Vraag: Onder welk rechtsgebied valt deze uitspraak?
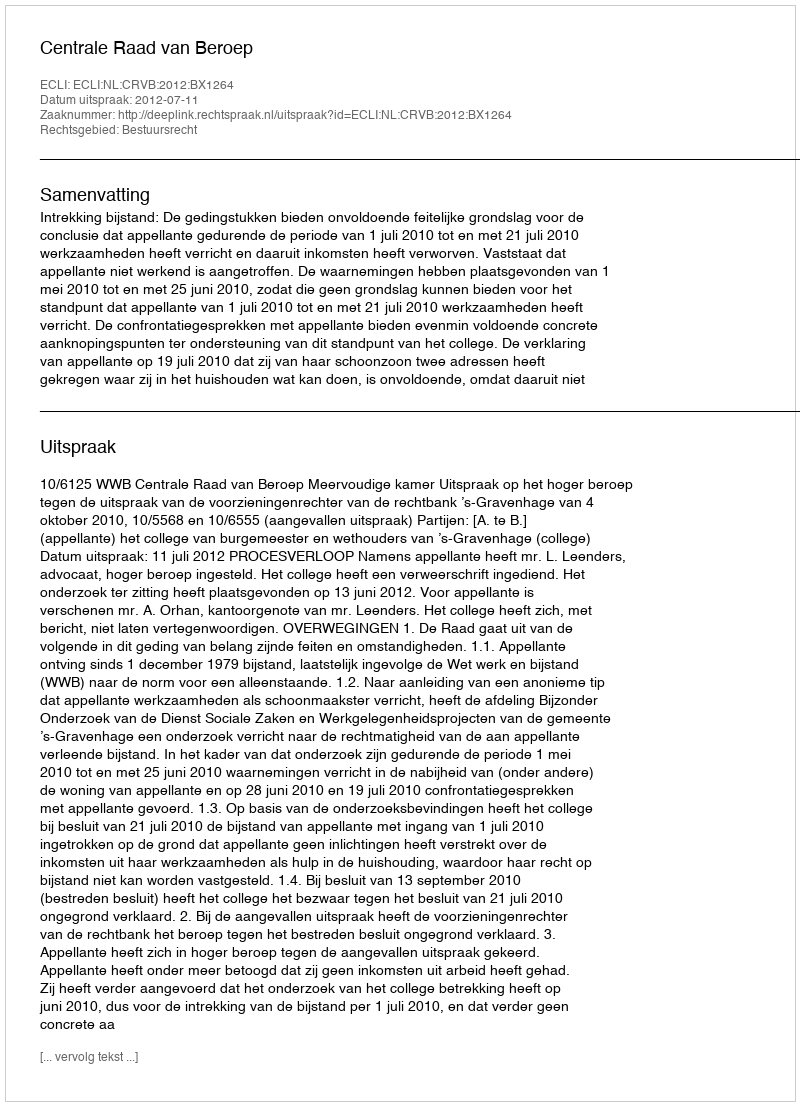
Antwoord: Bestuursrecht